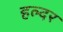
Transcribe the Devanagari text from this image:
हल्दर